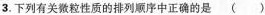
3.下列有关微粒性质的排列顺序中正确的是( )